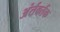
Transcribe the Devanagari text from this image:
अंर्तवर्तक